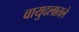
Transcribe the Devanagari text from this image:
वायुदलातले